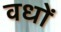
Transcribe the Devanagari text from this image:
वधों